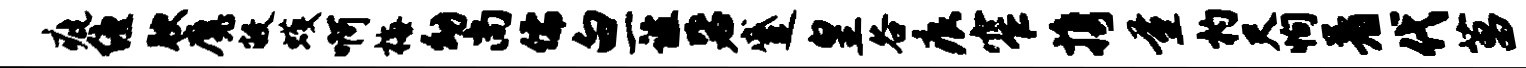
疵缠腴魔敝蠖啊梅幼尚儒白一谊毖蹙皇谷痕窄携量杓尺恂着代菖